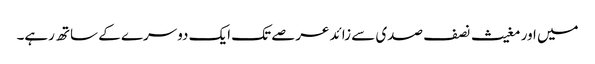
میں اور مغیث نصف صدی سے زائد عرصے تک ایک دوسرے کے ساتھ رہے۔